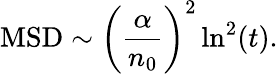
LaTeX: \mathrm{MSD}\sim\left({\frac{\alpha}{n_{0}}}\right)^{2}\ln^{2}(t).